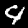
Label: 4